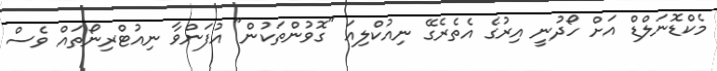
މެކްޑޮނަލްޑް އަށް ހޯދުނީ އިރުގެ އެތެރެގޭ ނިއުކްލިއަ "ގޮވުންތަކުން" އުފަންވާ ނިއުޓްރިނޯތައް ވެސް